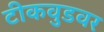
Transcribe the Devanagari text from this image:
टीकवुडवर